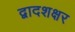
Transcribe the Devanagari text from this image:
द्वादशक्षर